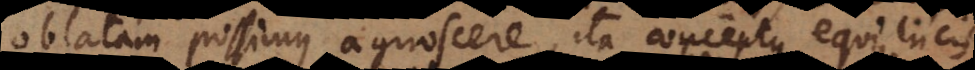
oblatam possimus agnoscere, ita conceptus equi, luci